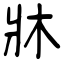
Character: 牀